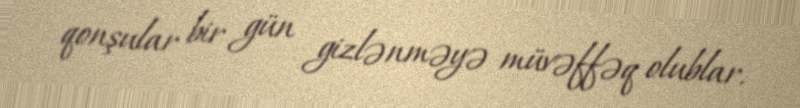
qonşular bir gün gizlənməyə müvəffəq olublar.